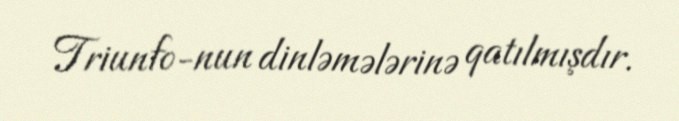
Triunfo-nun dinləmələrinə qatılmışdır.